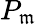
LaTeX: P_{\mathfrak{m}}